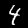
Label: 4